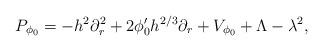
LaTeX: \begin{align*} P_{\phi_0} = -h^2\partial^2_r + 2\phi_0'h^{2/3}\partial_r +V_{\phi_0} + \Lambda - \lambda^2, \end{align*}